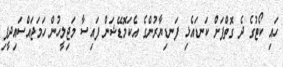
ހައި ކޯޓުގެ ދެ ގޮތްޕަށް ކަނޑައެޅި ފަނޑިޔާރުންގެ އެކަމޮޑޭޝަން ފައިސާ މަޖިލީހުން ހަމަޖައްސައިދީފި